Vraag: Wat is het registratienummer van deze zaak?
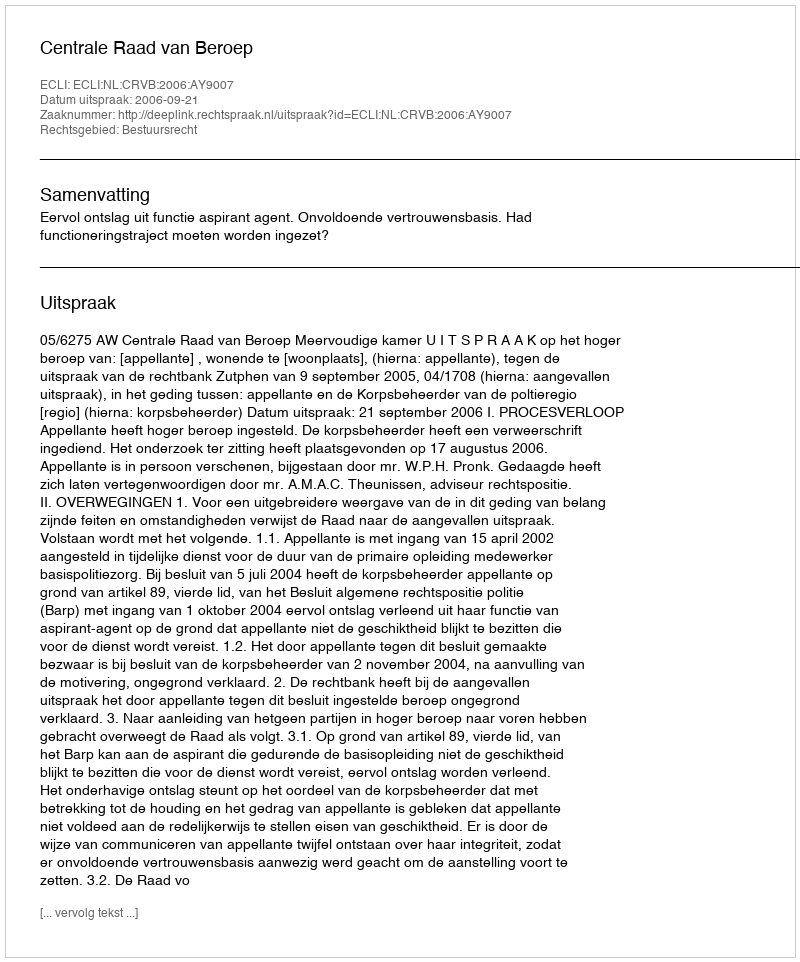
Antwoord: http://deeplink.rechtspraak.nl/uitspraak?id=ECLI:NL:CRVB:2006:AY9007